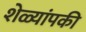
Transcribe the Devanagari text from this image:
शेळ्यांपकी